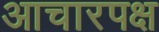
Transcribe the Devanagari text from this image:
आचारपक्ष